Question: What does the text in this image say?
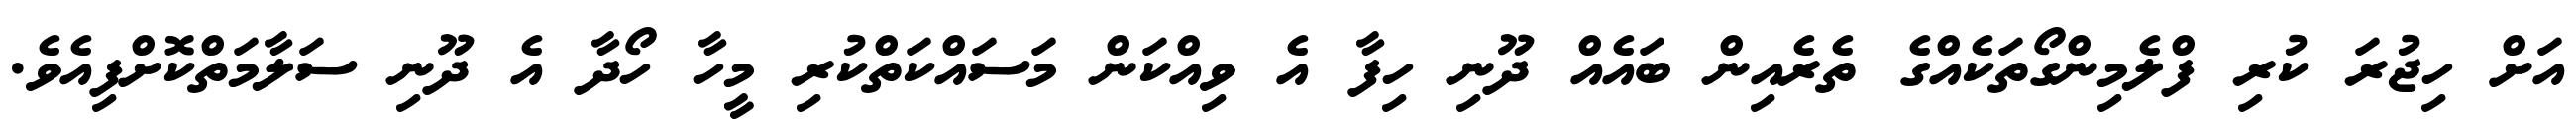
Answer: އަށް ހިޖުރަ ކުރި ފްލެމިންގޯތަކެއްގެ ތެރެއިން ބައެއް ދޫނި ހިފާ އެ ވިއްކަން މަސައްކަތްކުރި މީހާ ހޯދާ އެ ދޫނި ސަލާމަތްކޮށްފިއެވެ.